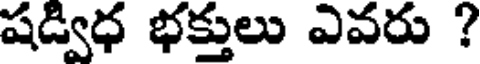
షడ్విధ భక్తులు ఎవరు ?